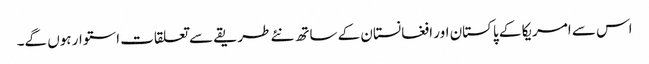
اس سے امریکا کے پاکستان اور افغانستان کے ساتھ نئے طریقے سے تعلقات استوار ہوں گے۔